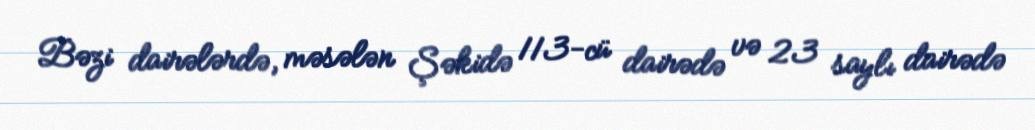
Bəzi dairələrdə, məsələn Şəkidə 113-cü dairədə və 23 saylı dairədə